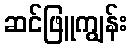
ဆင်ဖြူကျွန်း